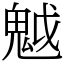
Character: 魆